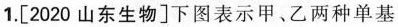
1.[2020山东生物]下图表示甲、乙两种单基